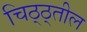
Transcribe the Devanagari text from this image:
चिठ्ठ्तील